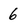
Character: 6